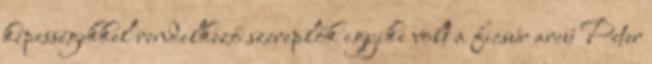
képességekkel rendelkező szereplők egyike volt a ficsúr arcú Peter